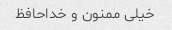
خیلی ممنون و خداحافظ